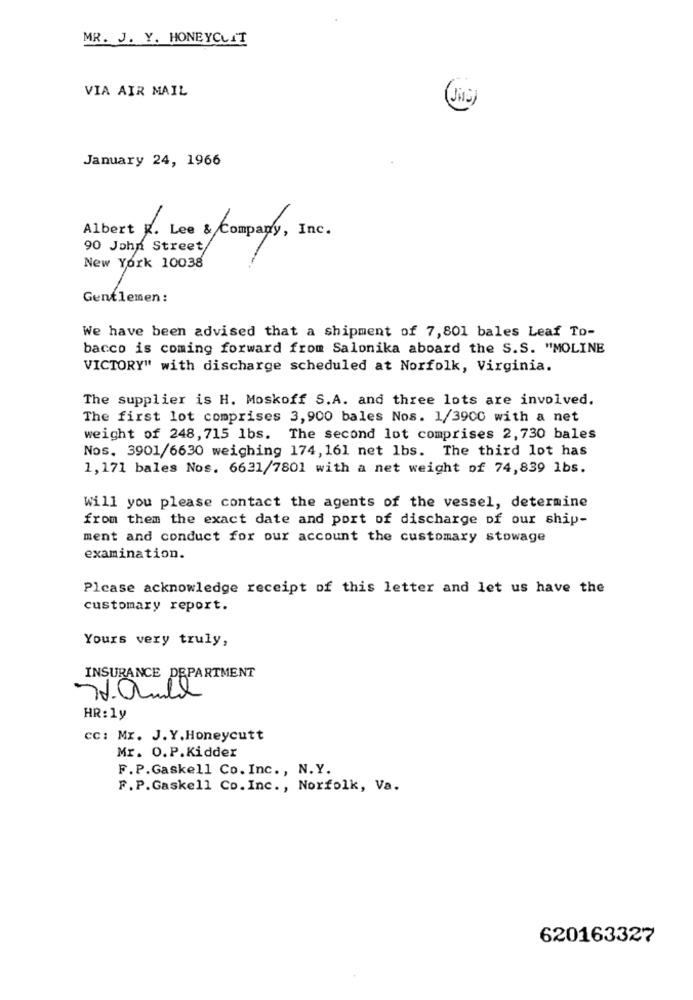
MR. J. Y. HONEYCUTT
VIA AIR MAIL
January 24, 1966
Albert K. Lee & Company, Inc.
90 John Street
New York 10038
Gentlemen :
We have been advised that a shipment of 7,801 bales Leaf To-
bacco is coming forward from Salonika aboard the S.S. "MOLINE
VICTORY" with discharge scheduled at Norfolk, Virginia.
The supplier is H. Moskoff S.A. and three lots are involved.
The first lot comprises 3, 900 bales Nos. 1/3900 with a net
weight of 248, 715 1bs. The second lot comprises 2,730 bales
Nos. 3901/6630 weighing 174, 161 net lbs. The third lot has
1,171 bales Nos. 6631/7801 with a net weight of 74,839 1bs.
Will you please contact the agents of the vessel, determine
from them the exact date and port of discharge of our ship-
ment and conduct for our account the customary stowage
examination.
Please acknowledge receipt of this letter and let us have the
customary report.
Yours very truly,
INSURANCE DEPARTMENT
78.0mal
HR: ly
cc: Mr. J.Y.Honeycutt
Mr. O.P.Kidder
F.P.Gaskell Co. Inc ., N.Y.
F. P.Gaskell Co.Inc ., Norfolk, Va.
620163327